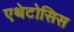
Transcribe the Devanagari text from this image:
एथेटोसिस